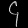
Digit: ၄